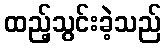
ထည့်သွင်းခဲ့သည်